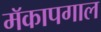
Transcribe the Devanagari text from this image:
मॅकापगाल